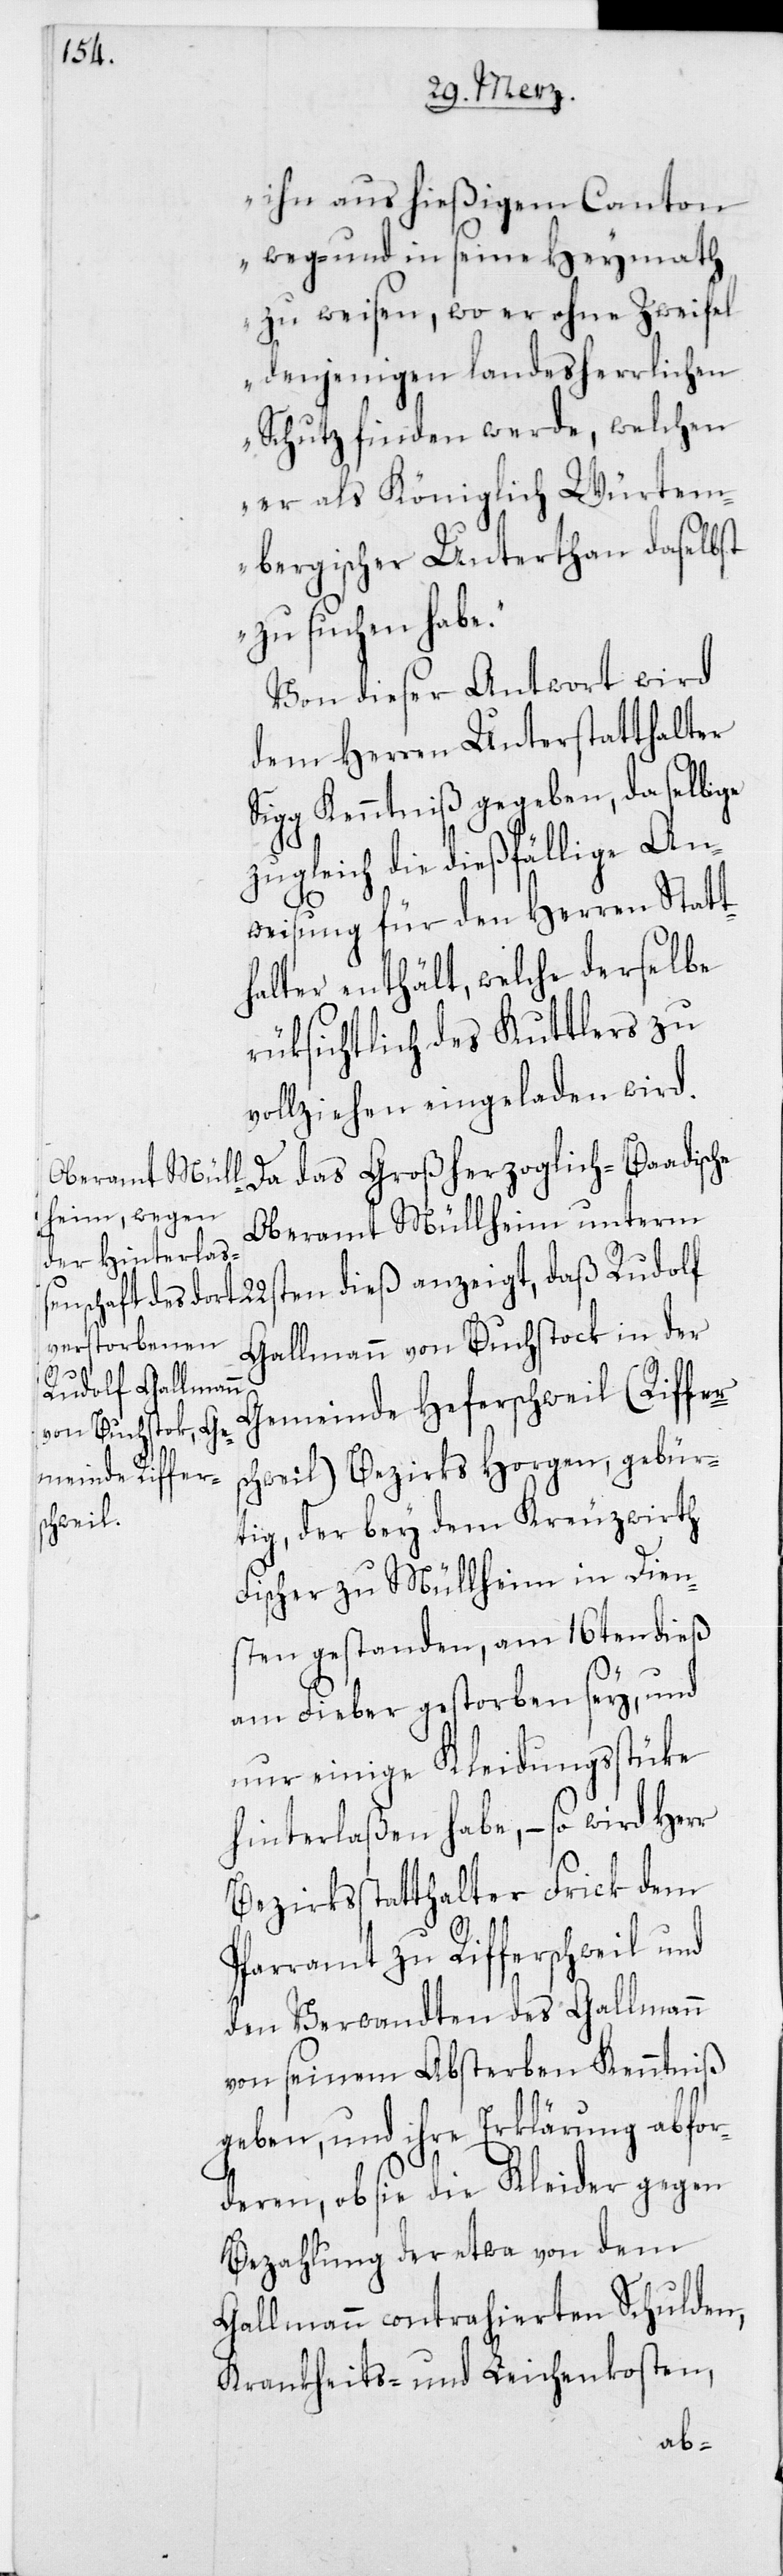
ihn aus hießigem Canton
weg- und in seine Heymath
zu weisen, wo er ohne Zweifel
denjenigen landesherrlichen
Schutz finden werde, welchen
er als Königlich Würtem¬
bergischer Unterthan daselbst
zu suchen habe.“
Von dieser Antwort wird
dem Herren Unterstatthalter
Sigg Kenntniß gegeben, da selbige
zugleich die dießfällige An¬
weisung für den Herren Statt¬
halter enthält, welche derselbe
rüksichtlich des Kuttlers zu
vollziehen eingeladen wird.
Da das Großherzoglich-Baadische
Oberamt Müllheim unterm
ten dieß anzeigt, daß Rudolf
Gallmann von Buchstock in der
22s¬
Gemeinde Herferschweil (Riffer¬
schweil) Bezirks Horgen, gebür¬
tig, der bey dem Kreuzwirth
Fischer zu Müllheim in Dien¬
sten gestanden, am 16ten dieß
am Fieber gestorben sey, und
nur einige Kleidungsstücke
hinterlaßen habe, – so wird Herr
Bezirksstatthalter Frick dem
Pfarramt zu Rifferschweil und
den Verwandten des Gallmann
von seinem Absterben Kenntniß
geben, und ihre Erklärung abfor¬
deren, ob sie die Kleider gegen
Bezahlung der etwa von dem
Gallmann contrahierten Schulden,
Krankheits- und Leichenkosten,